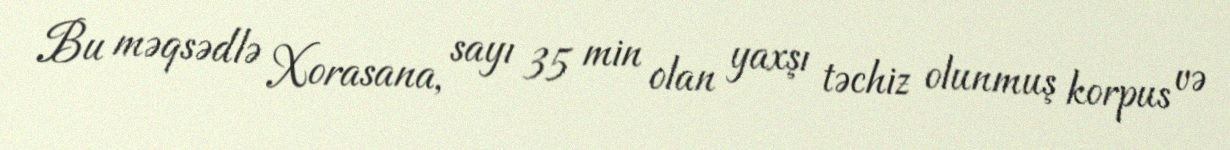
Bu məqsədlə Xorasana, sayı 35 min olan yaxşı təchiz olunmuş korpus və